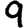
Digit: 9